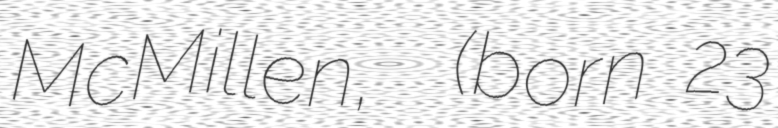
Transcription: McMillen,  (born 23